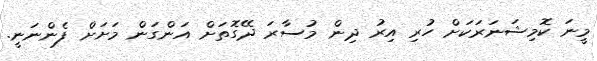
މީނަ ކޮމިޝަނަރަކަށް ހުރި އިރު ދިން މުސާރަ ދޭގޮތަށް އަންގަން މަށަށް ފެންނަނީ.